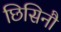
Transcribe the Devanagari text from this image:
छिसिनौ